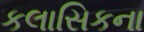
કલાસિકના